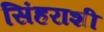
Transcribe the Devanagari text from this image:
सिंहराशी